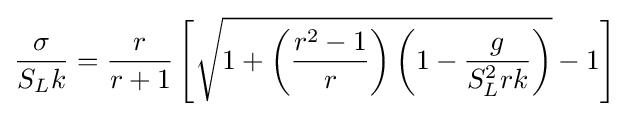
{\frac {\sigma }{S_{L}k}}={\frac {r}{r+1}}\left[{\sqrt {1+\left({\frac {r^{2}-1}{r}}\right)\left(1-{\frac {g}{S_{L}^{2}rk}}\right)}}-1\right]